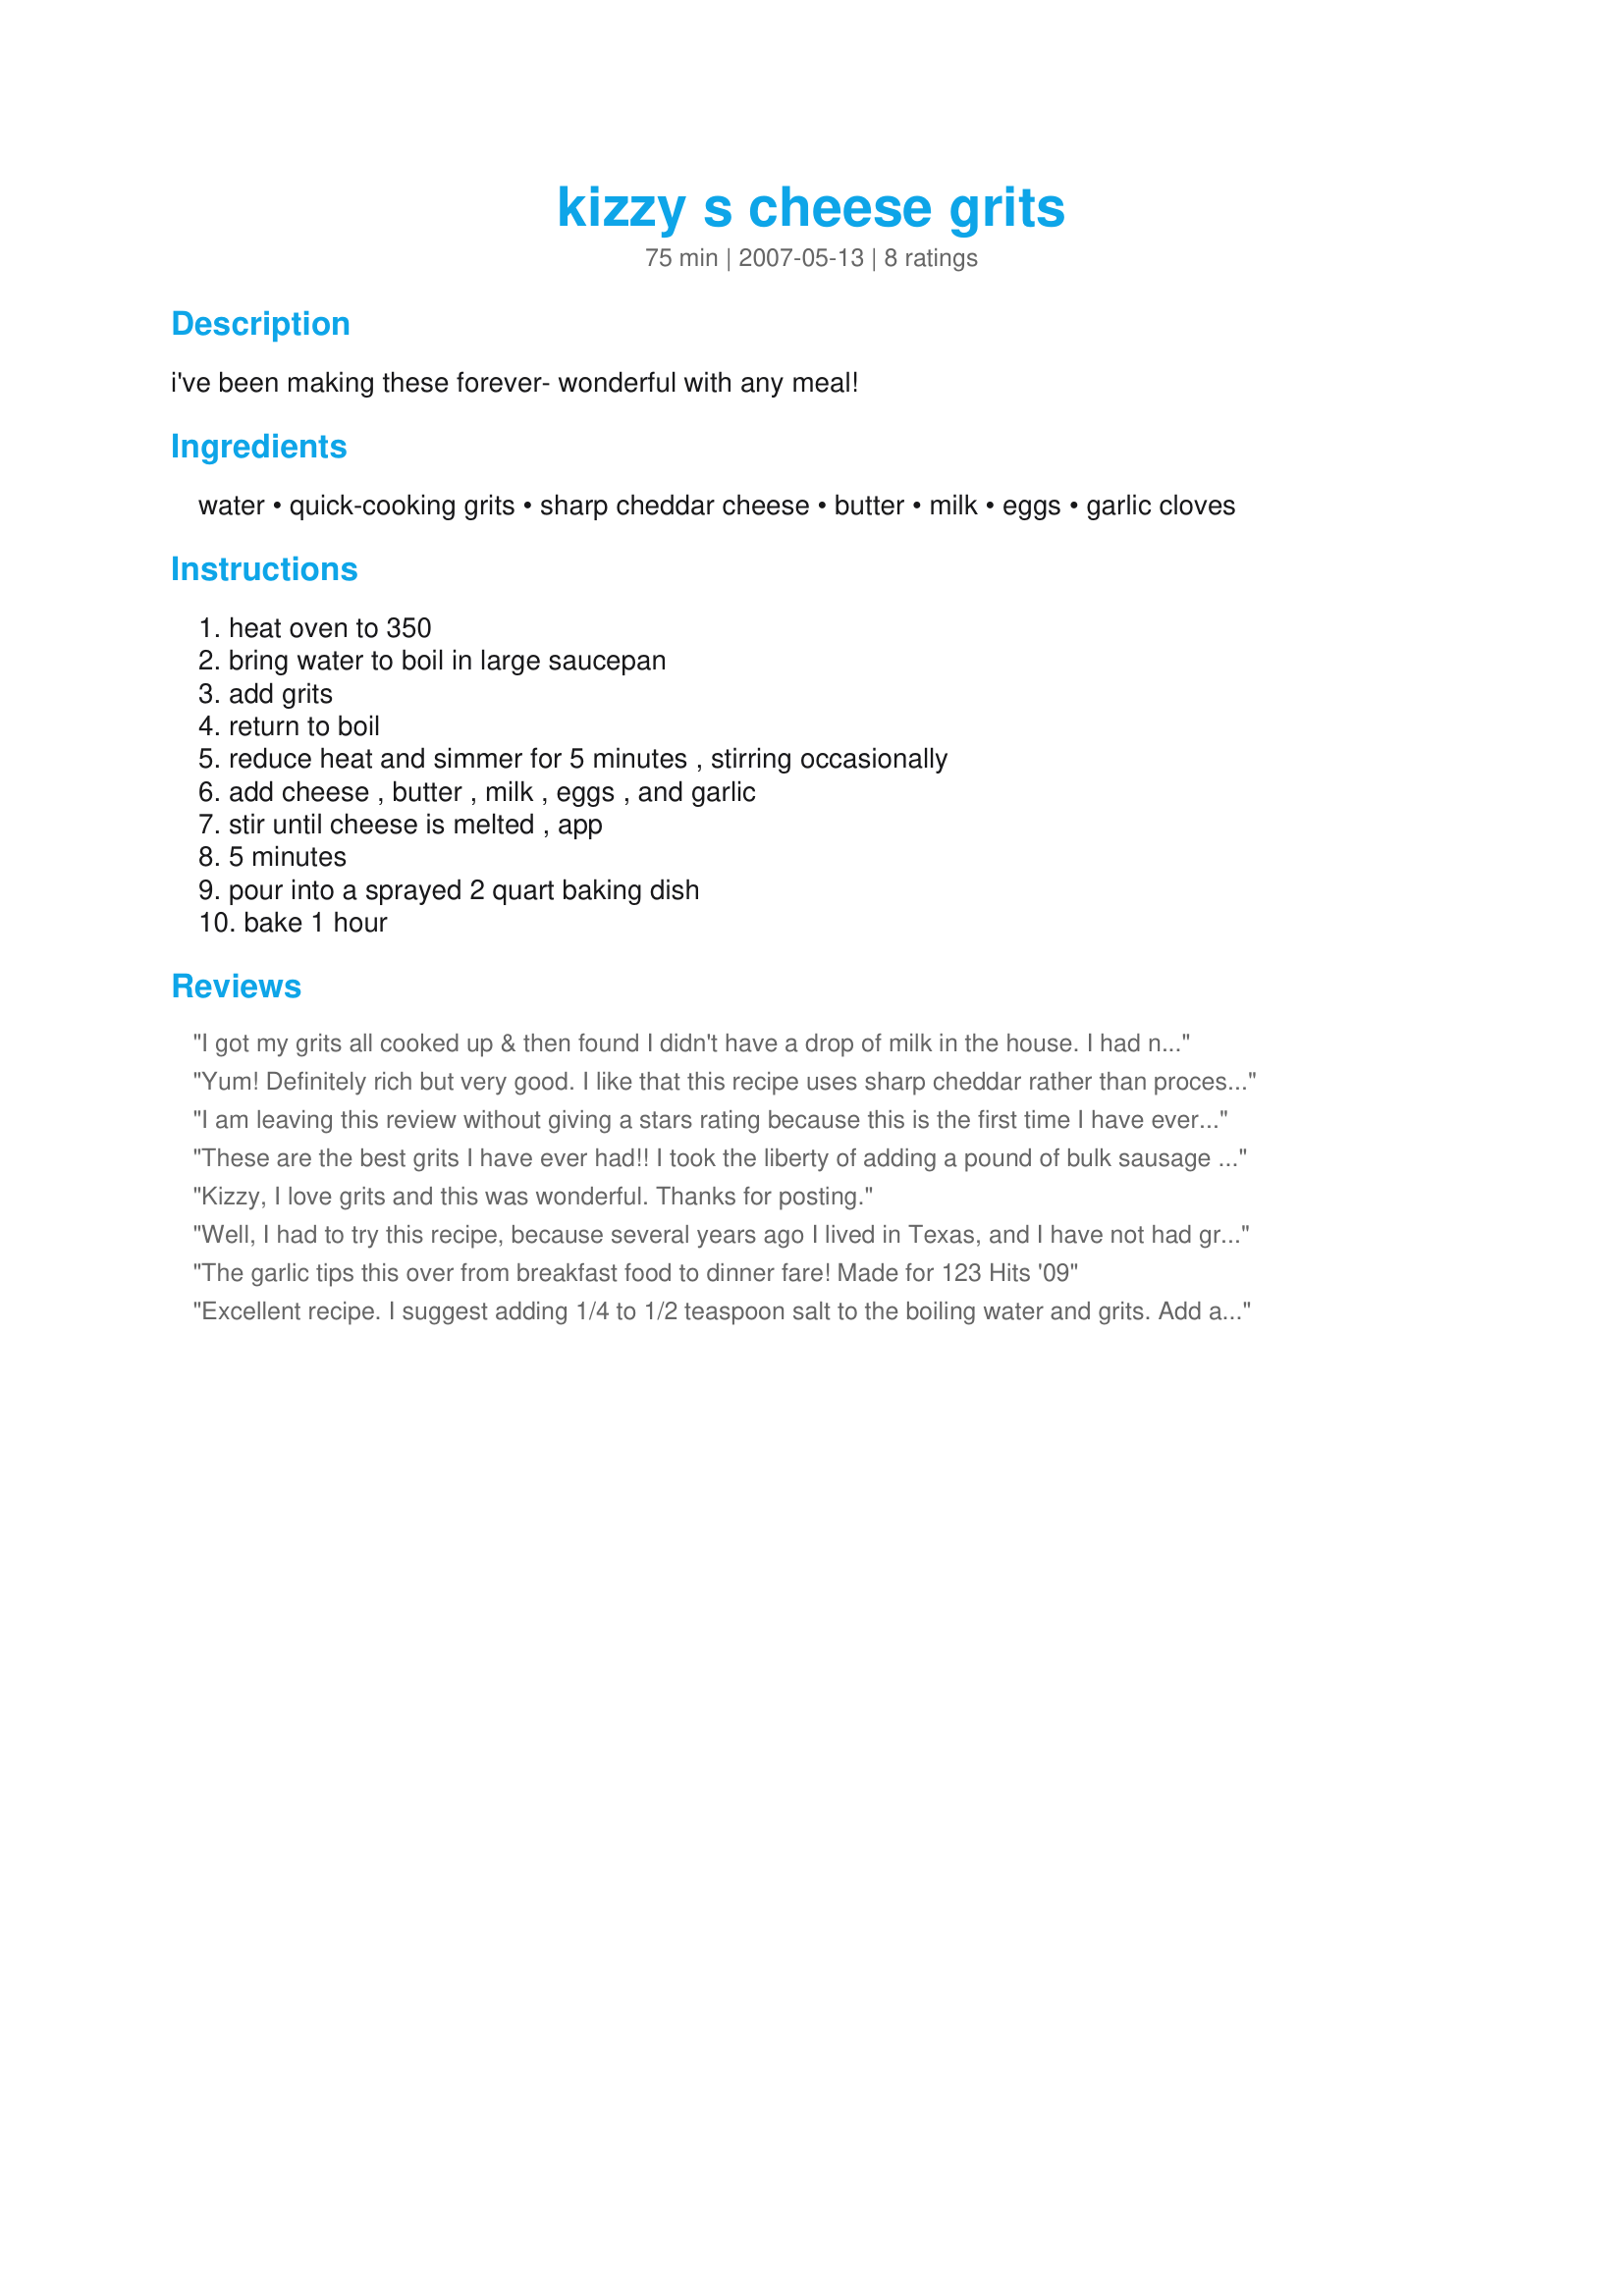
kizzy s cheese grits
Preparation time: 75 minutes

i've been making these forever- wonderful with any meal!

Ingredients:
water, quick-cooking grits, sharp cheddar cheese, butter, milk, eggs, garlic cloves

Steps:
heat oven to 350, bring water to boil in large saucepan, add grits, return to boil, reduce heat and simmer for 5 minutes , stirring occasionally, add cheese , butter , milk , eggs , and garlic, stir until cheese is melted , app, 5 minutes, pour into a sprayed 2 quart baking dish, bake 1 hour

Reviews:
I got my grits all cooked up & then found I didn't have a drop of milk in the house. I had nothing else to replace it so I just left it out. It was delicious. My bf & I both love grits we'll eat them any way, but this was tops.
Yum! Definitely rich but very good. I like that this recipe uses sharp cheddar rather than processed cheese. It just tastes better. Used some leftover evaporated milk, no other changes. Will add a little salt next time. Thanks for sharing the recipe!
I am leaving this review without giving a stars rating because this is the first time I have ever eaten grits (much less cooked them). They are so rich I could eat only a bite or two - but I think (from reading and TV that they are supposed to be like this). I followed the recipe exactly using whole milk and real butter. They were cheesy and creamy and buttery - and you could taste the garlic (and I love garlic). My husband and I agreed that we aren't grits people, but I'm glad that I tried this recipe - not I have an understanding of what grits are. Made for Newest 'Zaar Tag Game.
These are the best grits I have ever had!! I took the liberty of adding a pound of bulk sausage that was browned with a little onion and two fresh jalapenos to make a main course brunch. I have now gone to grits heaven! Thanks Kizzikate, this is my new favorite breakfast dish!
Kizzy, I love grits and this was wonderful.
Thanks for posting.
Well, I had to try this recipe, because several years ago I lived in Texas, and I have not had grits for a long time The outcome was FANTASTIC !! Made no adjustments, and it bought back some good memories. Easy, and simple directions, and it came out with positive results. Nice , fluffy, and cheesy. Made for New Zaar Tag.
The garlic tips this over from breakfast food to dinner fare! Made for 123 Hits '09
Excellent recipe. I suggest adding 1/4 to 1/2 teaspoon salt to the boiling water and grits. Add a couple big dashes of hot sauce along with butter (1/3 cup butter is ok if you want to cut back some on fats). Good quality sharp or extra sharp cheddar is the classic way to make this, but to change up things try pepper jack. And adding up to a pound of cooked and crumbled sausage or bacon (I&#039;ve even used chopped pepperoni) is great. I like to sprinkle shredded cheese on top--gives nice appearance when baked.
